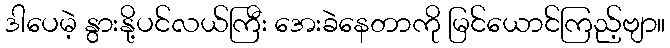
ဒါပေမဲ့ နွားနို့ပင်လယ်ကြီး အေးခဲနေတာကို မြင်ယောင်ကြည့်ဗျာ။